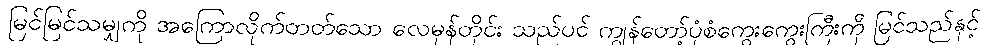
မြင်မြင်သမျှကို အကြောလိုက်တတ်သော လေမုန်တိုင်း သည်ပင် ကျွန်တော့်ပုံစံကွေးကွေးကြီးကို မြင်သည်နှင့်